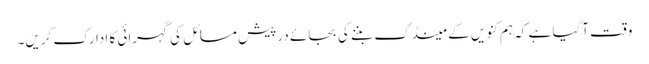
وقت آگیا ہے کہ ہم کنویں کے مینڈک بننے کی بجائے درپیش مسائل کی گہرائی کا ادارک کریں۔